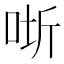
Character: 𭇵